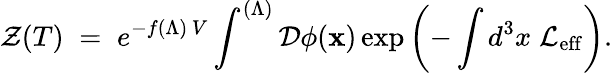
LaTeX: {\cal Z}(T)\; =\; e^{-f(\Lambda)\, V}\int^{(\Lambda)}{\cal D}\phi({\mathbf x})\exp\left(-\int d^{3}x\; {\cal L}_{\mathrm{eff}}\right).